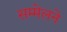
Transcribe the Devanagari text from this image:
सम्मेलने